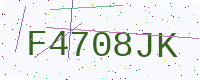
Text: F4708JK